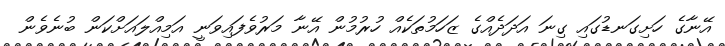
އޭނާގެ ހަށިގަނޑުގައި ގިނަ އަދަދެއްގެ ޒަހަމުތަކެއް ހުރުމުން އޭނާ މަރުވެފައިވަނީ އަމިއްލައަށްކަން ބުނެވެން